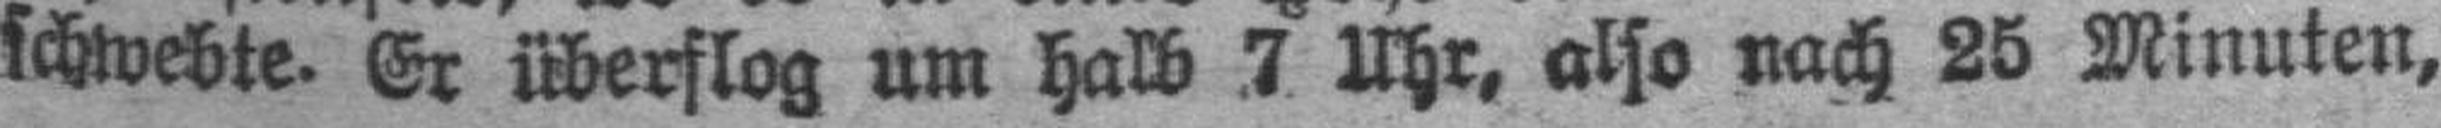
schwebte. Er überflog um halb 7 Uhr, also nach 25 Minuten,